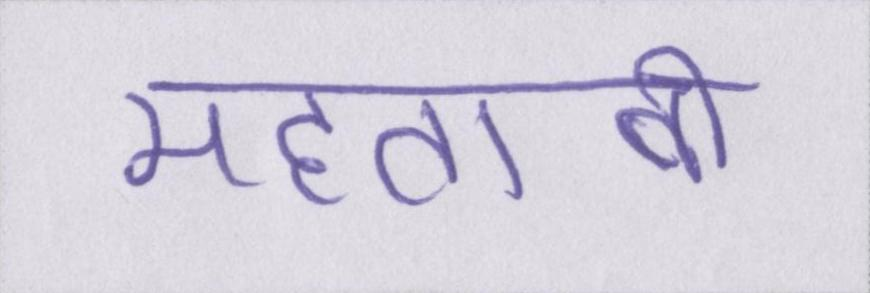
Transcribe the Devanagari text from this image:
महताबी